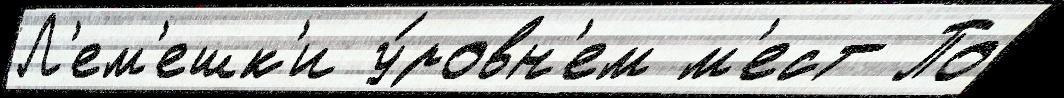
Л'ем'ешк'и у́ровн'ем м'ест По